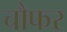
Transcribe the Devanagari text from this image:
चौफर